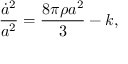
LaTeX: { \frac { \dot { a } ^ { 2 } } { a ^ { 2 } } } = \frac { 8 \pi \rho a ^ { 2 } } { 3 } - k ,